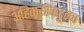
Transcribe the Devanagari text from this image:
अहिवासींकडूनच